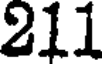
211